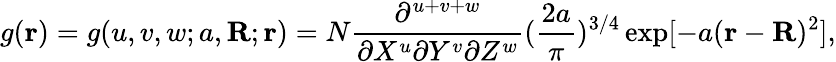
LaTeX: g(\mathbf{r})=g(u,v,w;a,\mathbf{R};\mathbf{r})=N{\frac{\partial^{u+v+w}}{\partial X^{u}\partial Y^{v}\partial Z^{w}}}({\frac{2a}{\pi}})^{3/4}\exp[-a(\mathbf{r}-\mathbf{R})^{2}],